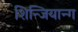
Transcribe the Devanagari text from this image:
शिन्जियान्ग